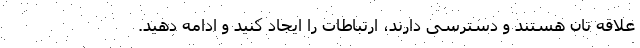
علاقه تان هستند و دسترسی دارند، ارتباطات را ایجاد کنید و ادامه دهید.